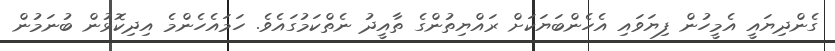
ގެންދިޔައީ އެމީހުން ފިޔަވައި އެހެންބަޔަކަށް ރައްޔިތުންގެ ތާއީދު ނެތްކަމުގައެވެ. ހަމައެހެންމެ އިދިކޮޅުން ބުނަމުން